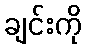
ချင်းကို